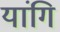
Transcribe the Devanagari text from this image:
यांगि